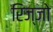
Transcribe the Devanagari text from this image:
रिज्‍जो